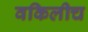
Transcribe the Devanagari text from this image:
वकिलीच